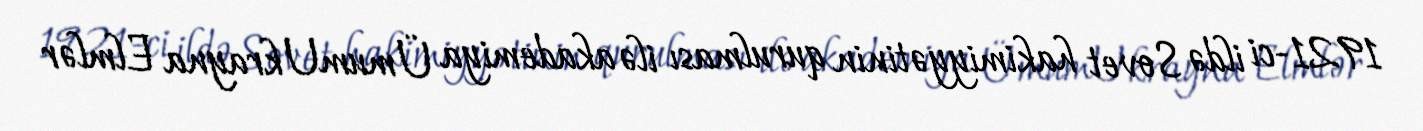
1921-ci ildə Sovet hakimiyyətinin qurulması ilə akademiya ÜmumUkrayna Elmlər